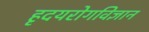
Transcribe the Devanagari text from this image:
हृदयरोगविज्ञान